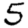
Digit: 5